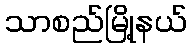
သာစည်မြို့နယ်